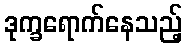
ဒုက္ခရောက်နေသည့်